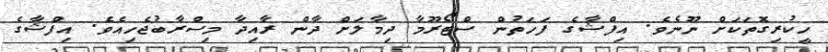
ހީކުރިގޮތަކަށް ނޫނެވެ. އިފްޝާގެ ފަހަތުން ސްޓޯރޫމާ ދިމާލަށް ދާން ރާއިދާ މިސްރާބުޖެހިއެވެ. އިފްޝާގެ